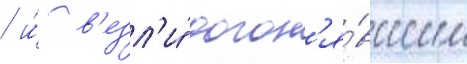
/ и́ в'езл'и́ догон'я́вшим